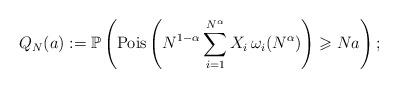
LaTeX: \begin{align*}Q_N(a) := {\mathbb P}\left({\rm Pois}\left( N^{1-\alpha} \sum_{i=1}^{N^\alpha} X_i \,\omega_i(N^{\alpha})\right)\geqslant Na\right);\end{align*}